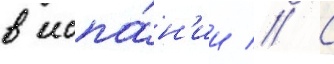
в испа́н'ии // С